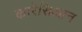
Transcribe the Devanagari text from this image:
कारेसिआन